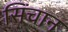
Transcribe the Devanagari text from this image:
सिंचान